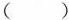
()